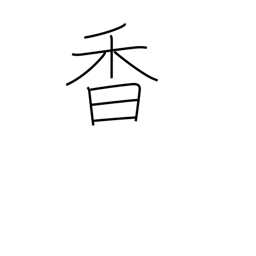
Meaning: smell